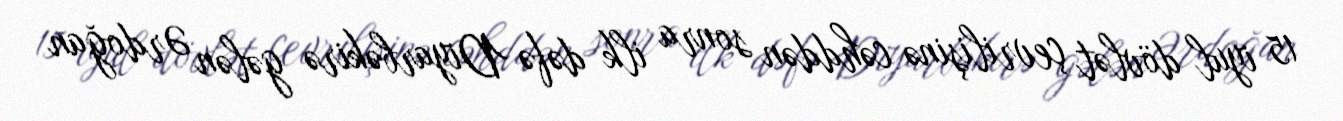
15 iyul dövlət çevrilişinə cəhddən sonra ilk dəfə Diyarbəkirə gələn Ərdoğan